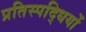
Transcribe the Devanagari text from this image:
प्रतिस्पद्धियों